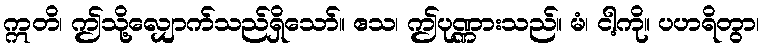
ဣတိ၊ ဤသို့လျှောက်သည်ရှိသော်။ ဧသ၊ ဤပုဏ္ဏားသည်။ မံ၊ ငါ့ကို။ ပဟရိတွာ၊